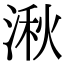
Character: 湫